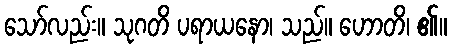
သော်လည်း။ သုဂတိ ပရာယနော၊ သည်။ ဟောတိ၊ ၏။